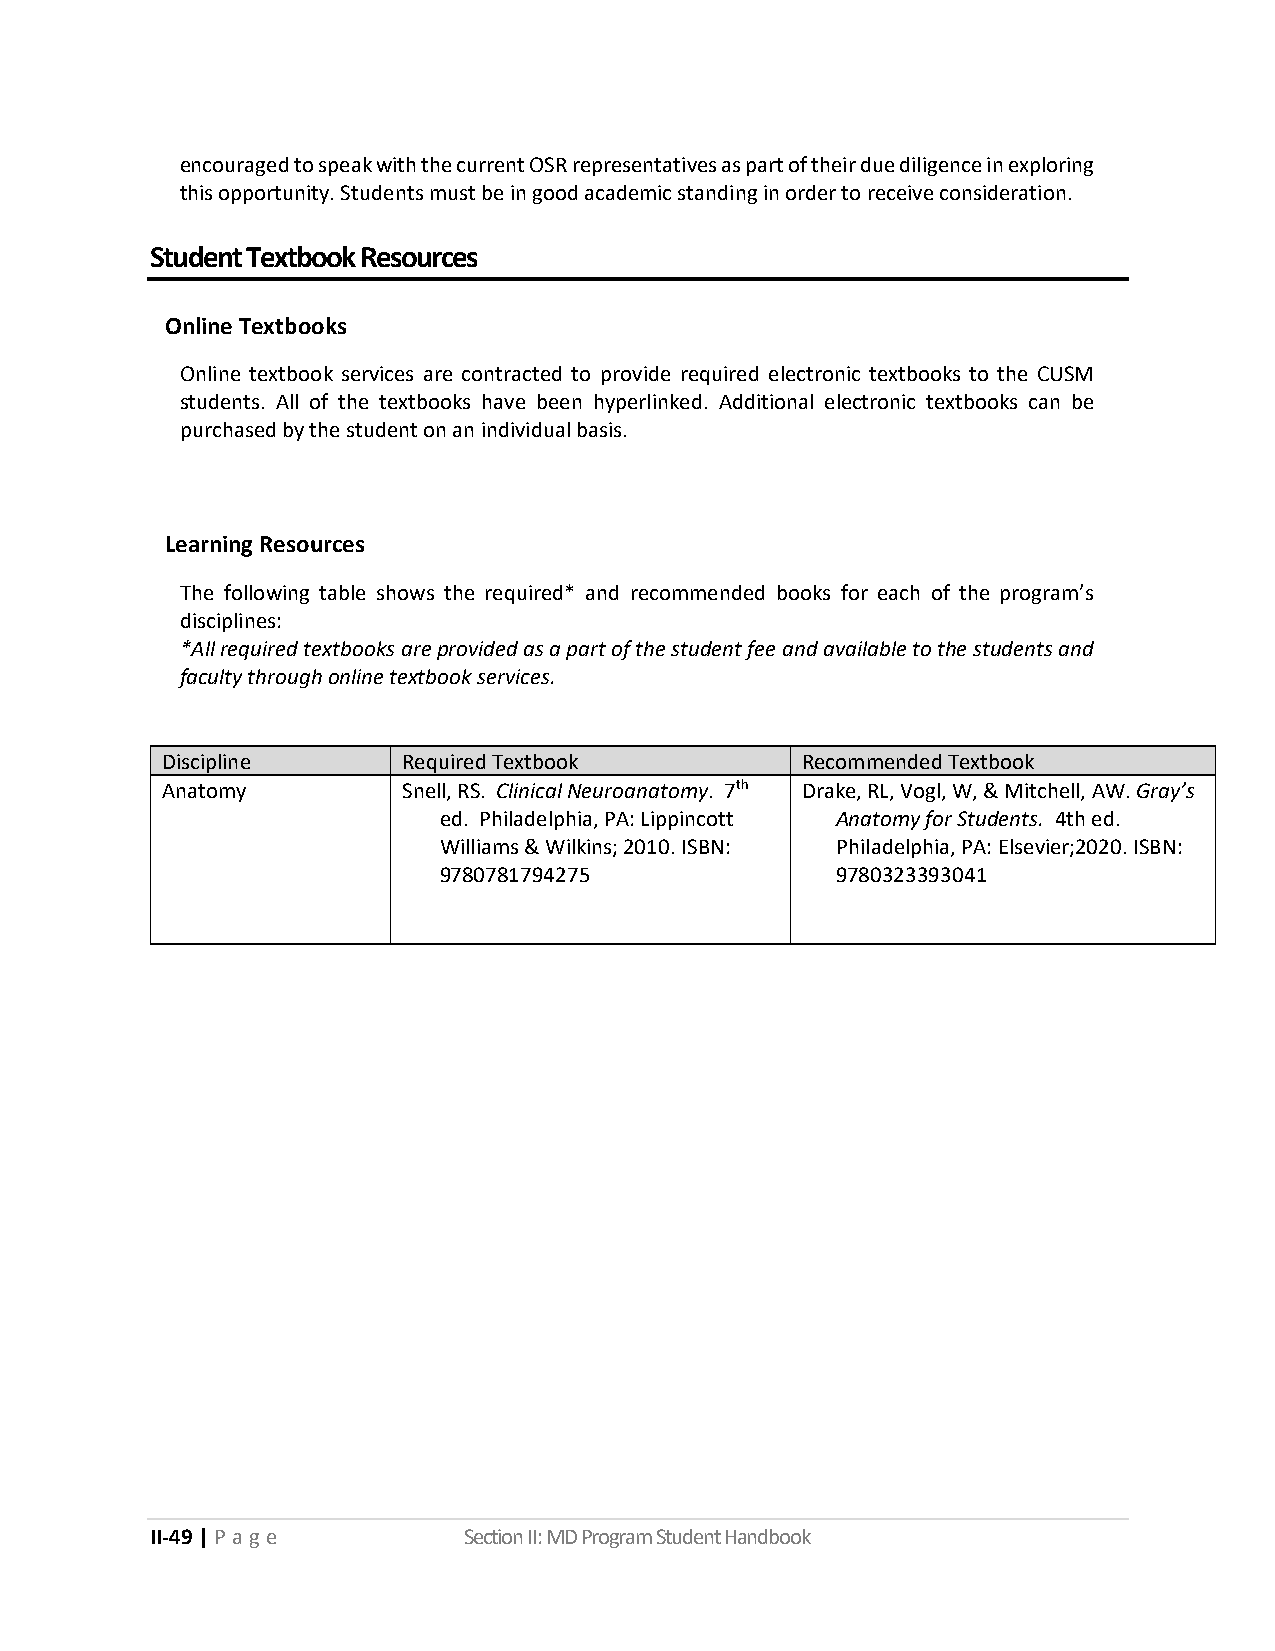
encouraged to speak with the current OSR representatives as part of their due diligence in exploring
 this opportunity. Students must be in good academic standing in order to receive consideration.
 Student Textbook Resources
 Online Textbooks
 Online textbook services are contracted to provide required electronic textbooks to the CUSM
 students. All of the textbooks have been hyperlinked. Additional electronic textbooks can be
 purchased by the student on an individual basis.
 Learning Resources
 The following table shows the required* and recommended books for each of the program’s
 disciplines:
 *All required textbooks are provided as a part of the student fee and available to the students and
 faculty through online textbook services.
 Discipline      Required Textbook         Recommended Textbook
 Anatomy         Snell, RS. Clinical Neuroanatomy. 7th Drake, RL, Vogl, W, & Mitchell, AW. Gray’s
 ed. Philadelphia, PA: Lippincott Anatomy for Students. 4th ed.
 Williams & Wilkins; 2010. ISBN: Philadelphia, PA: Elsevier;2020. ISBN:
 9780781794275             9780323393041
 II-49 | P a g e      Section II: MD Program Student Handbook